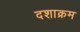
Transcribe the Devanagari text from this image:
दशाक्रम